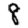
Digit: 8